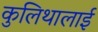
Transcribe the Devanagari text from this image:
कुलिथालाई